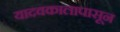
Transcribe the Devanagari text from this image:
यादवकालापासून